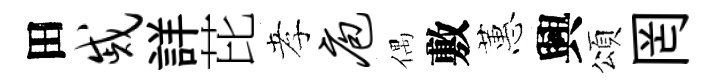
田戚詳芘孝庖偶敷蕙興頌罔